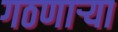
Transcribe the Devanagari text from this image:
गठणार्‍या